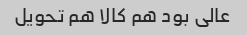
عالی بود هم کالا هم تحویل